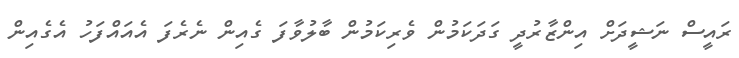
ރައީސް ނަޝީދަށް އިންޒާރުދީ ގަދަކަމުން ވެރިކަމުން ބާލުވާފަ ގެއިން ނެރެފަ އެއައްފަހު އެގެއިން